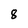
Character: 8